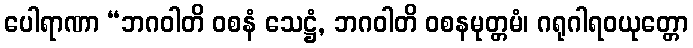
ပေါရာဏာ “ဘဂဝါတိ ဝစနံ သေဋ္ဌံ, ဘဂဝါတိ ဝစနမုတ္တမံ၊ ဂရုဂါရဝယုတ္တော